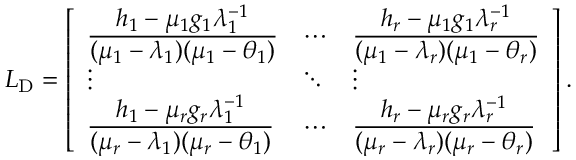
\ensuremath { \boldsymbol { L } } _ { \mathrm { D } } = \left[ \begin{array} { l l l } { \frac { \displaystyle h _ { 1 } - \mu _ { 1 } g _ { 1 } \lambda _ { 1 } ^ { - 1 } } { \displaystyle ( \mu _ { 1 } - \lambda _ { 1 } ) ( \mu _ { 1 } - \theta _ { 1 } ) } } & { \cdots } & { \frac { \displaystyle h _ { r } - \mu _ { 1 } g _ { 1 } \lambda _ { r } ^ { - 1 } } { \displaystyle ( \mu _ { 1 } - \lambda _ { r } ) ( \mu _ { 1 } - \theta _ { r } ) } } \\ { \vdots } & { \ddots } & { \vdots } \\ { \frac { \displaystyle h _ { 1 } - \mu _ { r } g _ { r } \lambda _ { 1 } ^ { - 1 } } { \displaystyle ( \mu _ { r } - \lambda _ { 1 } ) ( \mu _ { r } - \theta _ { 1 } ) } } & { \cdots } & { \frac { \displaystyle h _ { r } - \mu _ { r } g _ { r } \lambda _ { r } ^ { - 1 } } { \displaystyle ( \mu _ { r } - \lambda _ { r } ) ( \mu _ { r } - \theta _ { r } ) } } \end{array} \right] .